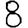
Digit: 8